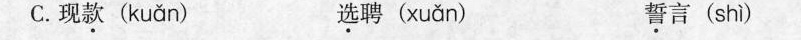
C.现款( kuǎn ) 选聘( xuǎn ) 誓言( shì )